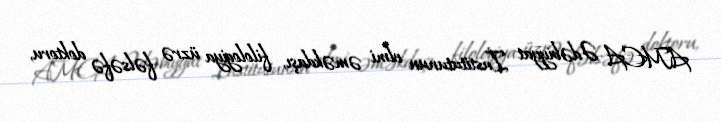
AMEA Ədəbiyyat İnstitutunun elmi əməkdaşı, filologiya üzrə fəlsəfə doktoru,